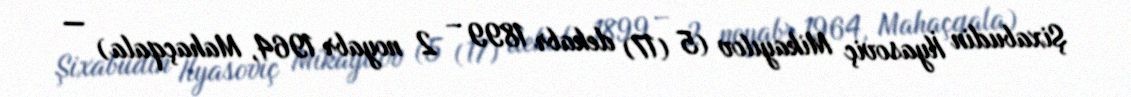
Şixabudin İlyasoviç Mikayılov (5 (17) dekabr 1899 – 2 noyabr 1964, Mahaçqala) —